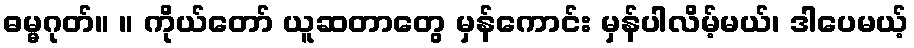
ဓမ္မဂုတ်။ ။ ကိုယ်တော် ယူဆတာတွေ မှန်ကောင်း မှန်ပါလိမ့်မယ်၊ ဒါပေမယ့်